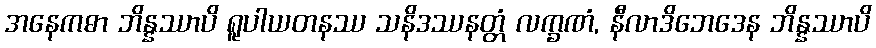
အနေကဓာ ဘိန္နဿာပိ ရူပါယတနဿ သနိဒဿနတ္တံ လက္ခဏံ, နီလာဒိဘေဒေန ဘိန္နဿာပိ